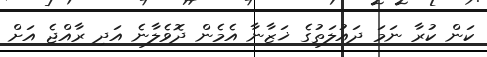
ކަން ކުރާ ނަމަ ދައުލަތުގެ ޚަޒާނާ އެމެން ދޮވެލާނެ އަދި ރާއްޖެ އަށް